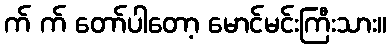
က် က် တော်ပါတော့ မောင်မင်းကြီးသား။